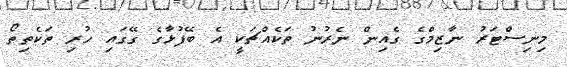
މިނިސްޓަރު ނާޒިމްގެ ގެއިން ނެރުނު ތަކެއްޗަކީ އެ ބޭފުޅާގެ ގޭގައި ހުރި ތަކެތިތޯ